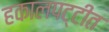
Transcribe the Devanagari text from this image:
हकालपट्टीत